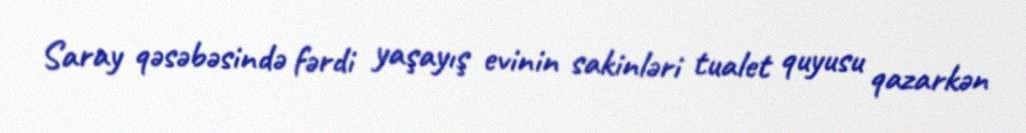
Saray qəsəbəsində fərdi yaşayış evinin sakinləri tualet quyusu qazarkən